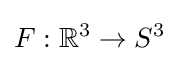
F:\mathbb {R} ^{3}\rightarrow {S^{3}}